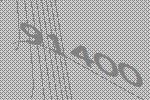
91400